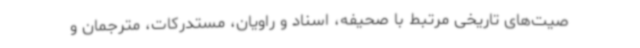
صیت‌های تاریخی مرتبط با صحیفه، اسناد و راویان، مستدرکات، مترجمان و